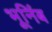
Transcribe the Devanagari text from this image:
भूनिंब